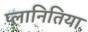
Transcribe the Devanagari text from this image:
प्लानितिया